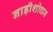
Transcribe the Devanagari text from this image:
नाड़ीशोधन